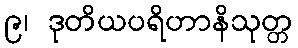
၉၊ ဒုတိယပရိဟာနိသုတ္တ